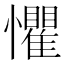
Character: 懼